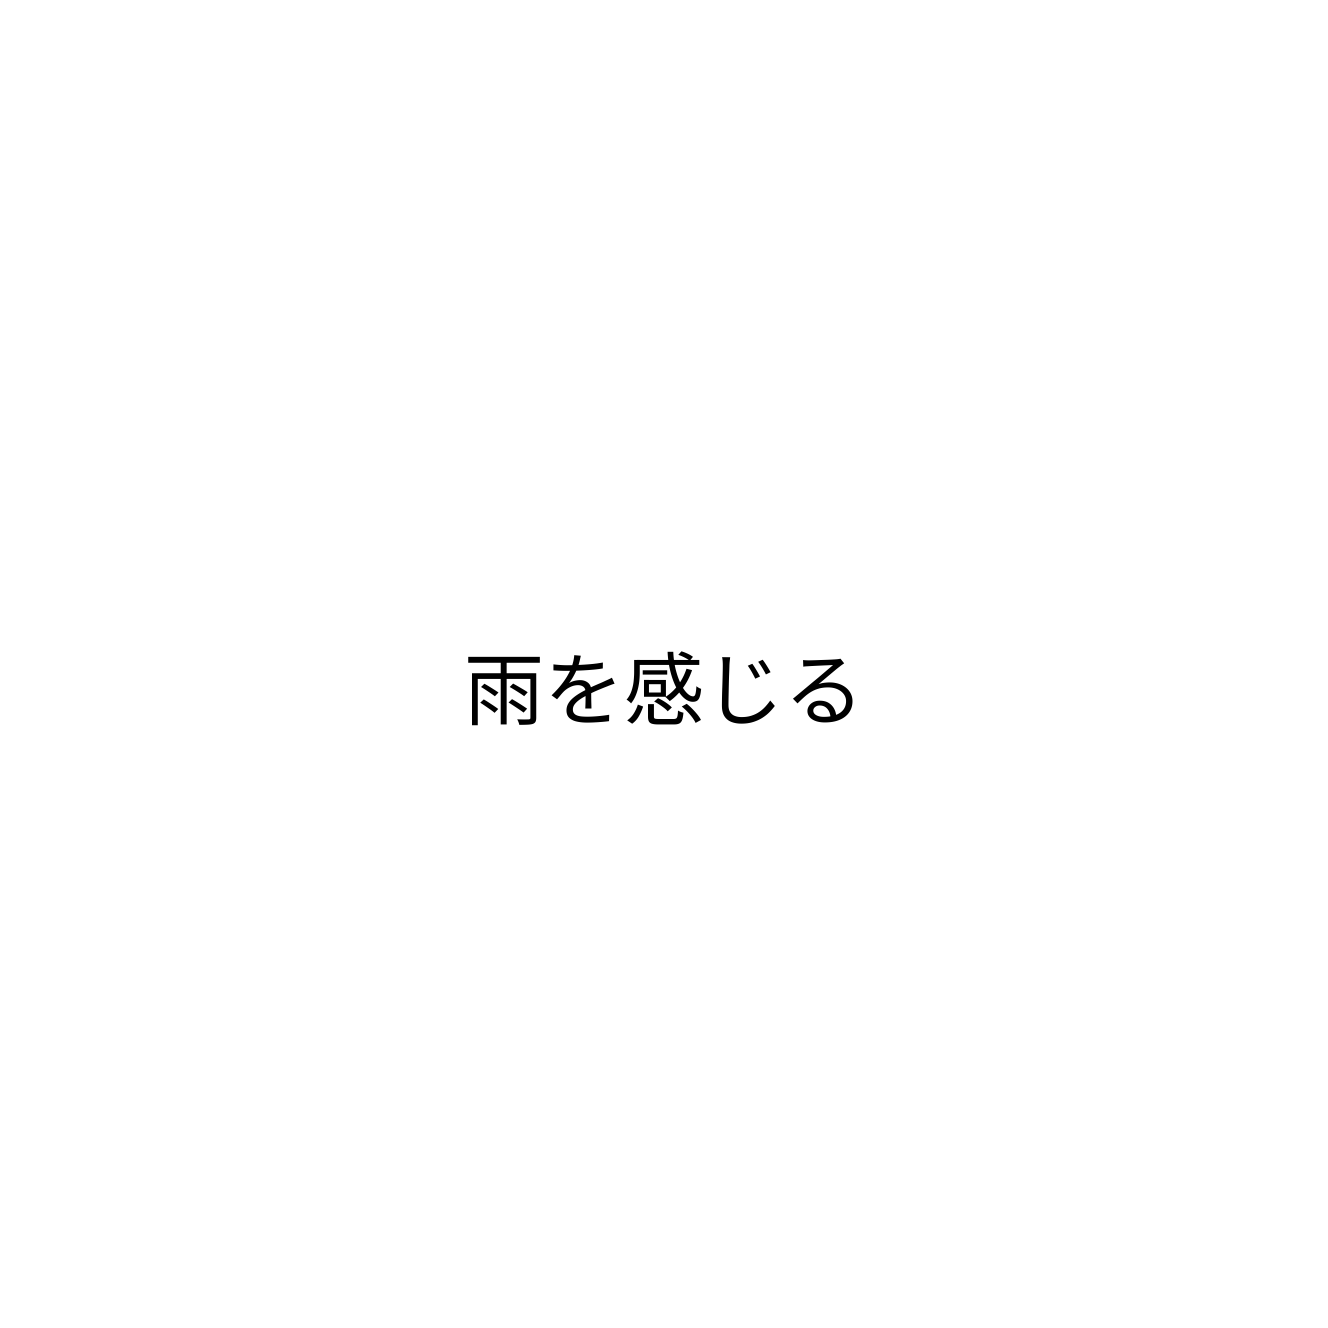
雨を感じる